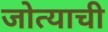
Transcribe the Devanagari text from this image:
जोत्याची